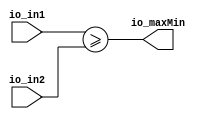
// This program was cloned from: https://github.com/cslab-chosun/online-fuzzy-chisel
// License: GNU General Public License v3.0

module Comparator(
  input  [6:0] io_in1,
  input  [6:0] io_in2,
  output       io_maxMin
);
  assign io_maxMin = io_in1 >= io_in2; // @[comparator.scala 34:15]
endmodule